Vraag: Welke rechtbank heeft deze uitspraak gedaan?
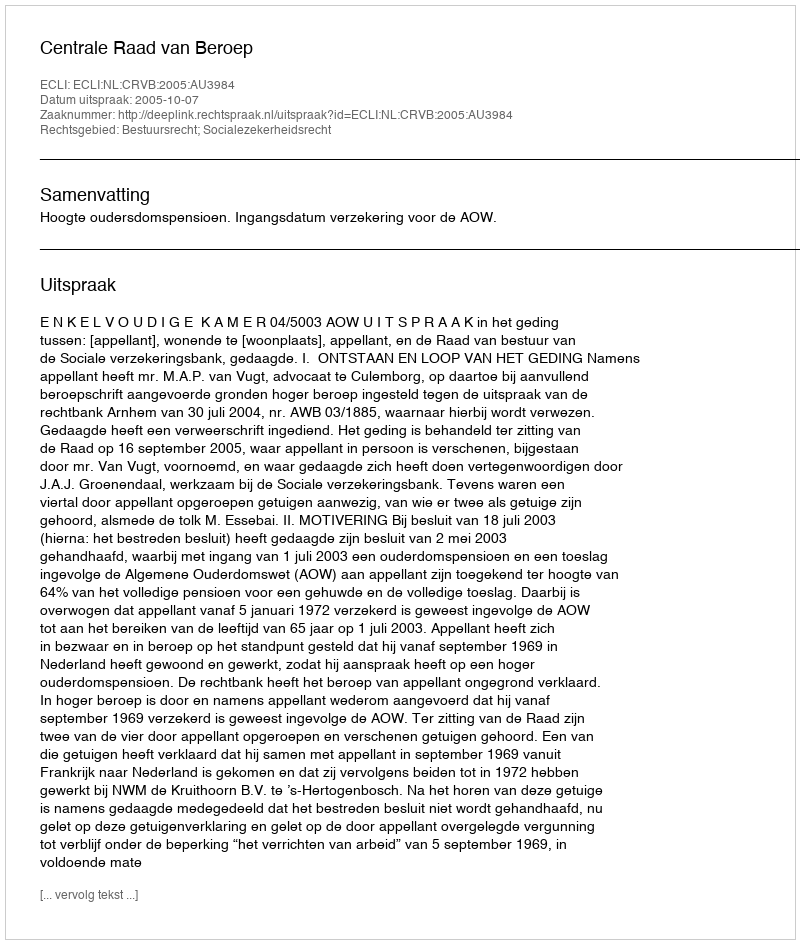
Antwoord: Centrale Raad van Beroep